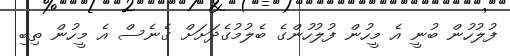
ފުލުހުން ބުނީ އެ މީހުން ފުލުހުންގެ ބެލުމުގެދަށަށް ގެނެސް އެ މީހުން ތިބި